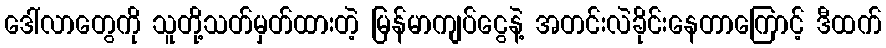
ဒေါ်လာတွေကို သူတို့သတ်မှတ်ထားတဲ့ မြန်မာကျပ်ငွေနဲ့ အတင်းလဲခိုင်းနေတာကြောင့် ဒီထက်